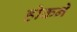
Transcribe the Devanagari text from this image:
होकने